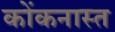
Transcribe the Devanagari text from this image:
कोंकनास्त